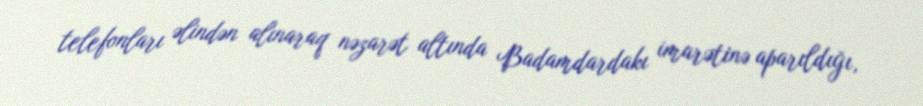
telefonları əlindən alınaraq nəzarət altında Badamdardakı imarətinə aparıldığı,